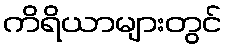
ကိရိယာများတွင်